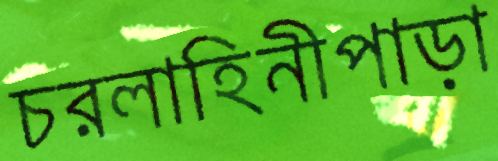
চরলাহিনীপাড়া